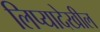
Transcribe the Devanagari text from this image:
लिप्यादेखील